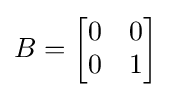
B={\begin{bmatrix}0&0\\0&1\end{bmatrix}}\